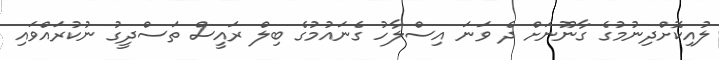
ލުއިކޮށްދިނުމުގެ ގާނޫނަށް ދެ ވަނަ އިސްލާހު ގެނައުމުގެ ބިލް ރައީސް ތަސްދީގު ނުކުރައްވައި